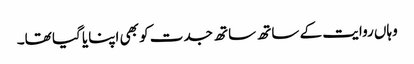
وہاں روایت کے ساتھ ساتھ جدت کو بھی اپنایا گیا تھا۔